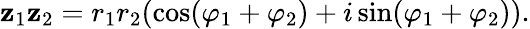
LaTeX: \mathbf{z}_{1}\mathbf{z}_{2}=r_{1}r_{2}(\cos(\varphi_{1}+\varphi_{2})+i\sin(\varphi_{1}+\varphi_{2})).